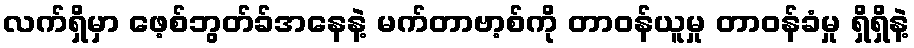
လက်ရှိမှာ ဖေ့စ်ဘွတ်ခ်အနေနဲ့ မက်တာဗာ့စ်ကို တာဝန်ယူမှု တာဝန်ခံမှု ရှိရှိနဲ့